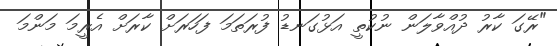
"ރޭގަ ކާރު ދުއްވާލަން ނުކުތީ އަޅުގަނޑު ފުރަތަމަ ފަހަރަށް ކާރަށް އެރީމަ މަންމަ